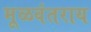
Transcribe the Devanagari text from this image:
मूळवंतराय